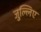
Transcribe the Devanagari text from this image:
जुल्लिए